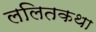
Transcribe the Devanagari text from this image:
ललितकथा